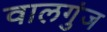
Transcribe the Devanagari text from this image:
वालगुंज